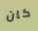
كان